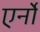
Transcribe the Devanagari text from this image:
एर्नो